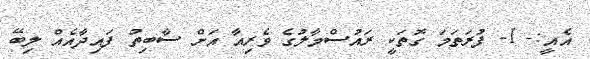
އެއީ:- 1- ފުރަތަމަ ގޮތަކީ ރައުސްމާލުގެ ވެރިއާ އަށް ސާބިތު ފައިދާއެއް ލިބޭ